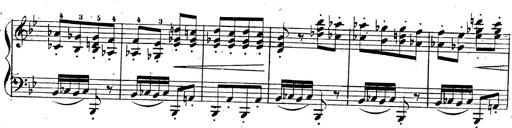
Title: 3 Caprices-Valses
Composer: Franz Liszt